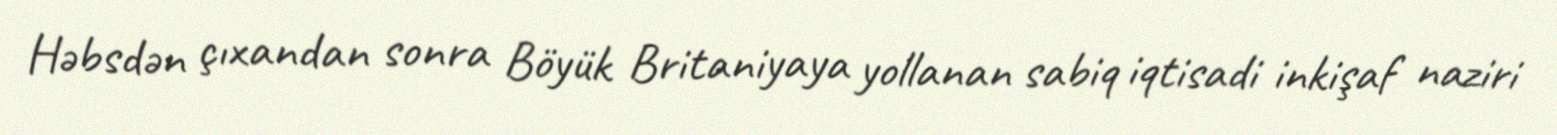
Həbsdən çıxandan sonra Böyük Britaniyaya yollanan sabiq iqtisadi inkişaf naziri